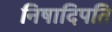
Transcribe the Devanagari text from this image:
निषादिपति